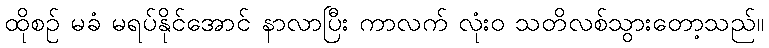
ထိုစဉ် မခံ မရပ်နိုင်အောင် နာလာပြီး ကာလက် လုံးဝ သတိလစ်သွားတော့သည်။